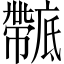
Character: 𢋴